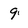
Character: 9